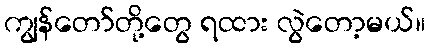
ကျွန်တော်တို့တွေ ရထား လွဲတော့မယ်။